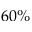
6 0 \%